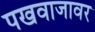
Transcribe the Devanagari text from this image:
पखवाजावर